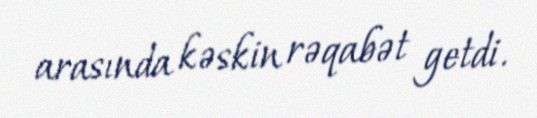
arasında kəskin rəqabət getdi.